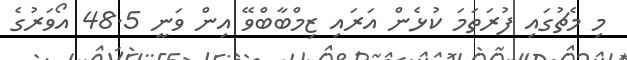
މި މެޗުގައި ފުރަތަމަ ކުޅެން އަރައި ޒިމްބާބްވޭ އިން ވަނީ 48.5 އޯވަރުގެ